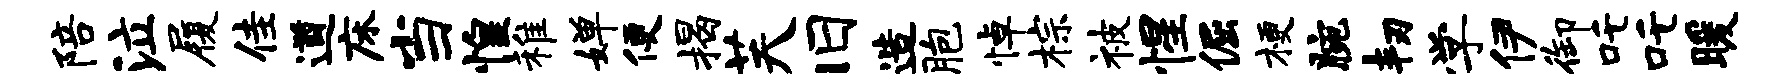
陪泣履佳遒床当惶稚婵便揭芙旧造胞悼棕被惺倔梗腕韧学伊御吒吒暖